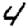
Digit: 4